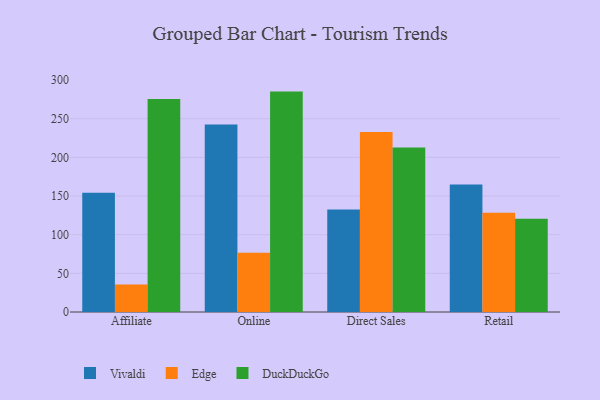
{"axis": {"x": "Channel", "y": "Temperature (°C)"}, "legend": ["DuckDuckGo", "Edge", "Vivaldi"], "data": [{"x": "Affiliate", "y": 154.4, "type": "Vivaldi"}, {"x": "Affiliate", "y": 35.7, "type": "Edge"}, {"x": "Affiliate", "y": 275.6, "type": "DuckDuckGo"}, {"x": "Online", "y": 242.5, "type": "Vivaldi"}, {"x": "Online", "y": 76.6, "type": "Edge"}, {"x": "Online", "y": 285.1, "type": "DuckDuckGo"}, {"x": "Direct Sales", "y": 132.7, "type": "Vivaldi"}, {"x": "Direct Sales", "y": 233.0, "type": "Edge"}, {"x": "Direct Sales", "y": 212.9, "type": "DuckDuckGo"}, {"x": "Retail", "y": 164.9, "type": "Vivaldi"}, {"x": "Retail", "y": 128.4, "type": "Edge"}, {"x": "Retail", "y": 120.7, "type": "DuckDuckGo"}]}